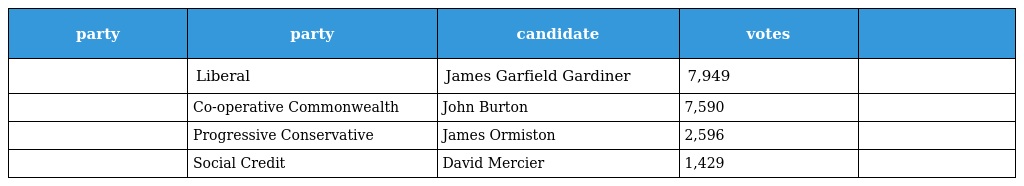
| party | party | candidate | votes |  |
 | --- | --- | --- | --- | --- |
 |  | Liberal | James Garfield Gardiner | 7,949 |  |
 |  | Co-operative Commonwealth | John Burton | 7,590 |  |
 |  | Progressive Conservative | James Ormiston | 2,596 |  |
 |  | Social Credit | David Mercier | 1,429 |  |